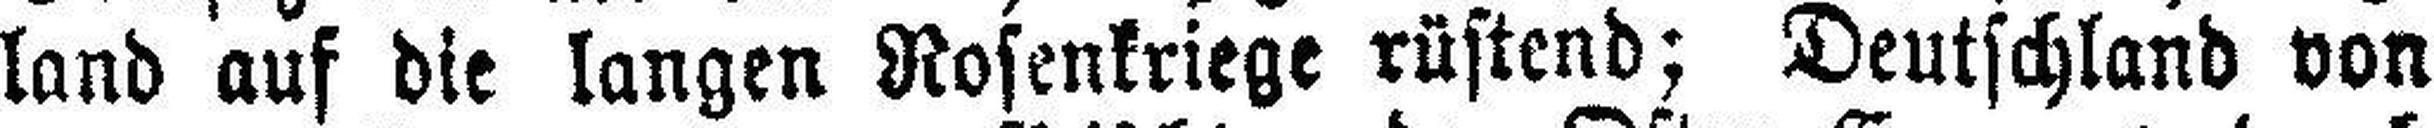
land auf die langen Rosenkriege rüstend; Deutschland von